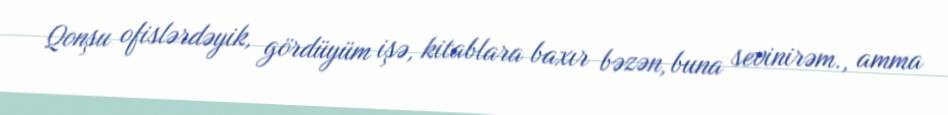
Qonşu ofislərdəyik, gördüyüm işə, kitablara baxır bəzən, buna sevinirəm., amma